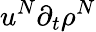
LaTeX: u^{N}\partial_{t}\rho^{N}